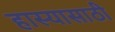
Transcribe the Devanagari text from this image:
हास्यासाठी